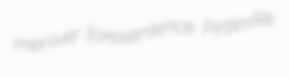
meniver foresentence Pirtleville